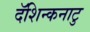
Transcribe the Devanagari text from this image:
दॅशिन्कनाटु